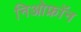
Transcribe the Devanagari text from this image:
निओफ्रॉन